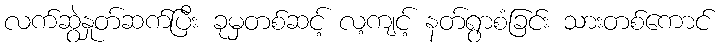
လက်ဆွဲနှုတ်ဆက်ပြီး ခုမှတစ်ဆင့် လ့ကျင့် နတ်ရွာစံခြင်း သားတစ်ကောင်